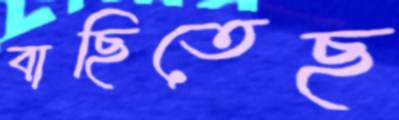
বাছিতেছ